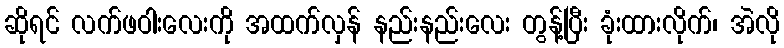
ဆိုရင် လက်ဖဝါးလေးကို အထက်လှန် နည်းနည်းလေး တွန့်ပြီး ခုံးထားလိုက်၊ အဲလို